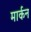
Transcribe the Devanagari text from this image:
मार्कन